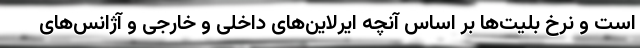
است و نرخ بلیت‌ها بر اساس آنچه ایرلاین‌های داخلی و خارجی و آژانس‌های